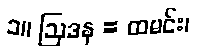
၁။ ဩဒန = ထမင်း၊